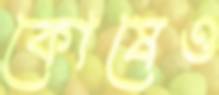
কোষেও